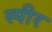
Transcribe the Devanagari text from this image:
स्पीर